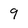
Character: 9